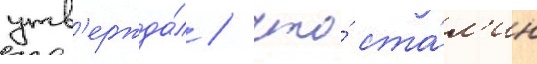
утв'ержда́л / что́ ста́л'ин